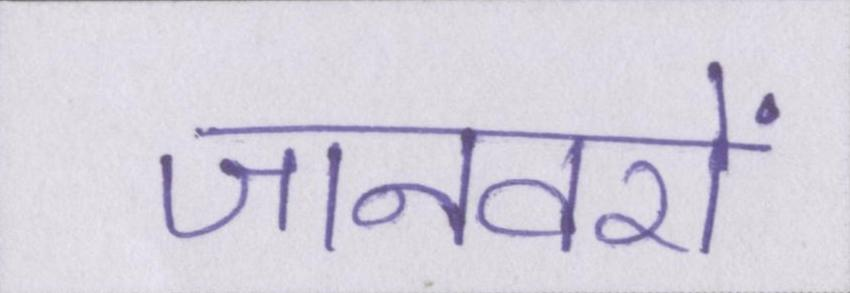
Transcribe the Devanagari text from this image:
जानवरों